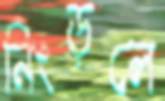
নিংড়লে